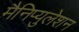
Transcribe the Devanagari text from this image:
मैनिप्युलेशन